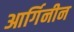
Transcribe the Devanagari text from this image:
आर्गिनीन